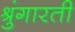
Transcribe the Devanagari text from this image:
श्रुंगारती